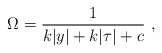
\begin{align*}\Omega = {1\over\displaystyle {k|y| + k |\tau| +c}} ~,~\,\end{align*}